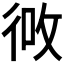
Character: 𪫎